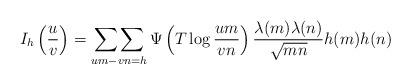
LaTeX: \begin{align*} I_h\left(\frac{u}{v}\right)=\mathop{\sum\sum}_{um-vn=h} \Psi\left(T\log{\frac{um}{vn}}\right)\frac{\lambda(m)\lambda(n)}{\sqrt{mn}}h(m)h(n)\end{align*}